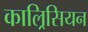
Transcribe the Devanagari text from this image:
काल्रिसियन